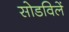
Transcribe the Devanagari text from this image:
सोडविलें